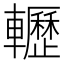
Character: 轣